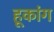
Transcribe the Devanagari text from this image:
हूकांग